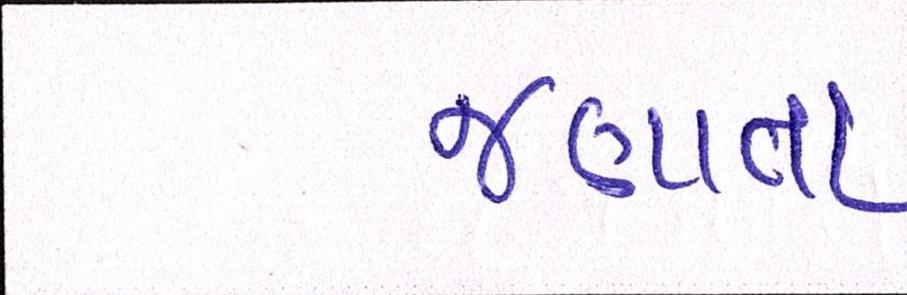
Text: જણાતા